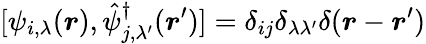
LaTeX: [\psi_{i,\lambda}(\boldsymbol{r}),\hat{\psi}_{j,\lambda^{\prime}}^{\dagger}(\boldsymbol{r}^{\prime})]=\delta_{ij}\delta_{\lambda\lambda^{\prime}}\delta(\boldsymbol{r}-\boldsymbol{r}^{\prime})